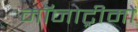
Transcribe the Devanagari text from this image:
मॉनोट्रीमों